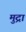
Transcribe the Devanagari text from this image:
मुद्रां